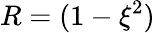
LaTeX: R=(1-\xi^{2})